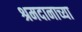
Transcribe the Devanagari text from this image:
श्रमदानाच्या